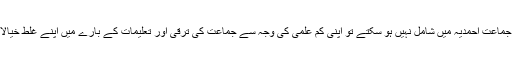
انہوں نے کہا کہ اگر ہم جماعت احمدیہ میں شامل نہیں ہو سکتے تو اپنی کم علمی کی وجہ سے جماعت کی ترقی اور تعلیمات کے بارے میں اپنے غلط خیالات کا اظہار تو نہ کریں۔